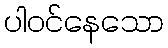
ပါဝင်နေသော